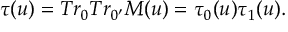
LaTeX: \tau ( u ) = T r _ { 0 } T r _ { 0 ^ { \prime } } M ( u ) = \tau _ { 0 } ( u ) \tau _ { 1 } ( u ) .